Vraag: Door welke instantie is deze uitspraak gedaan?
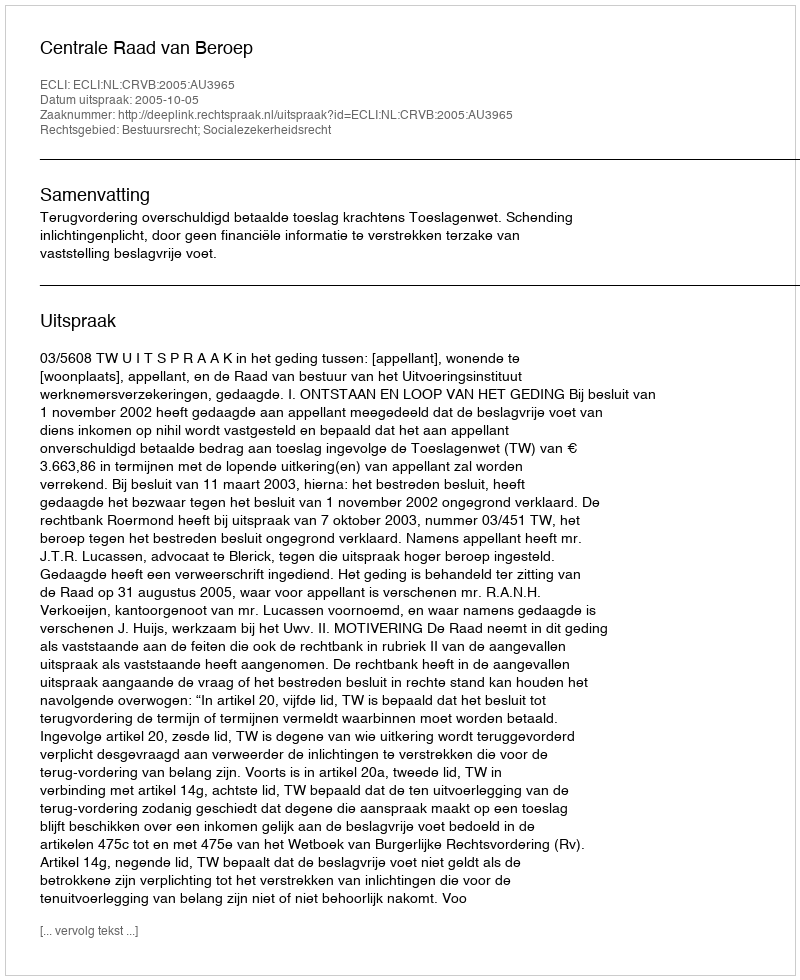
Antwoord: Centrale Raad van Beroep